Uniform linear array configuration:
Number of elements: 8
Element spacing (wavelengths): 0.75
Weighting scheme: exponential
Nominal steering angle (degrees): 45
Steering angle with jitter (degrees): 46.842
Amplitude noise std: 0.05
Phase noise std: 0.05

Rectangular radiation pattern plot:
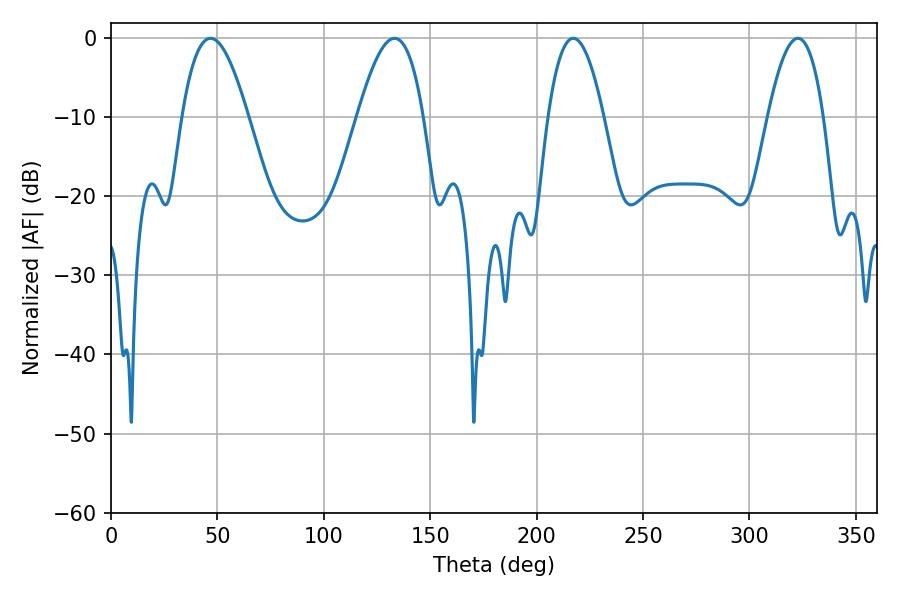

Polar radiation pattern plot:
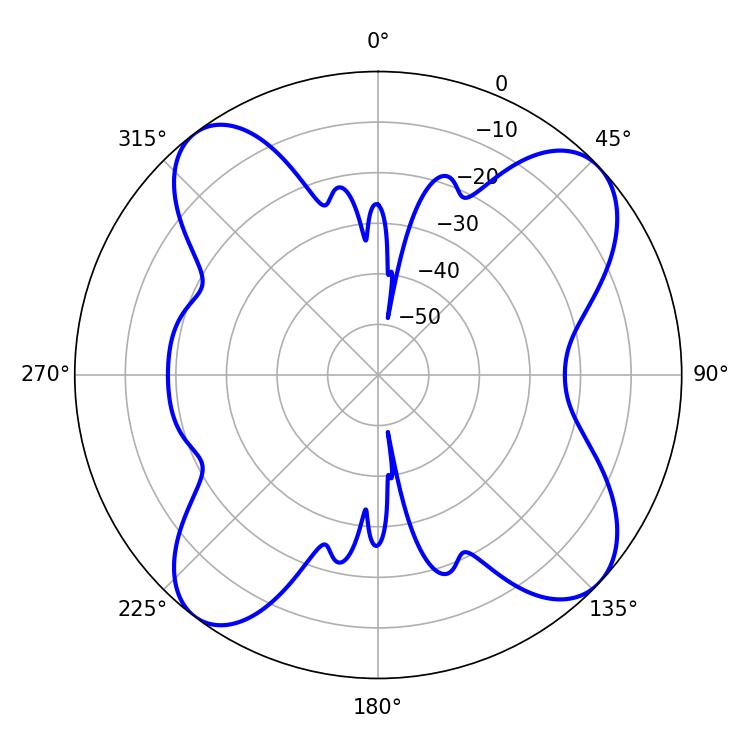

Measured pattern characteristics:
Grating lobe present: TRUE
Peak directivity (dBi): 11.687
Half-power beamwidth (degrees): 16.74
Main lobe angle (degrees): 46.8